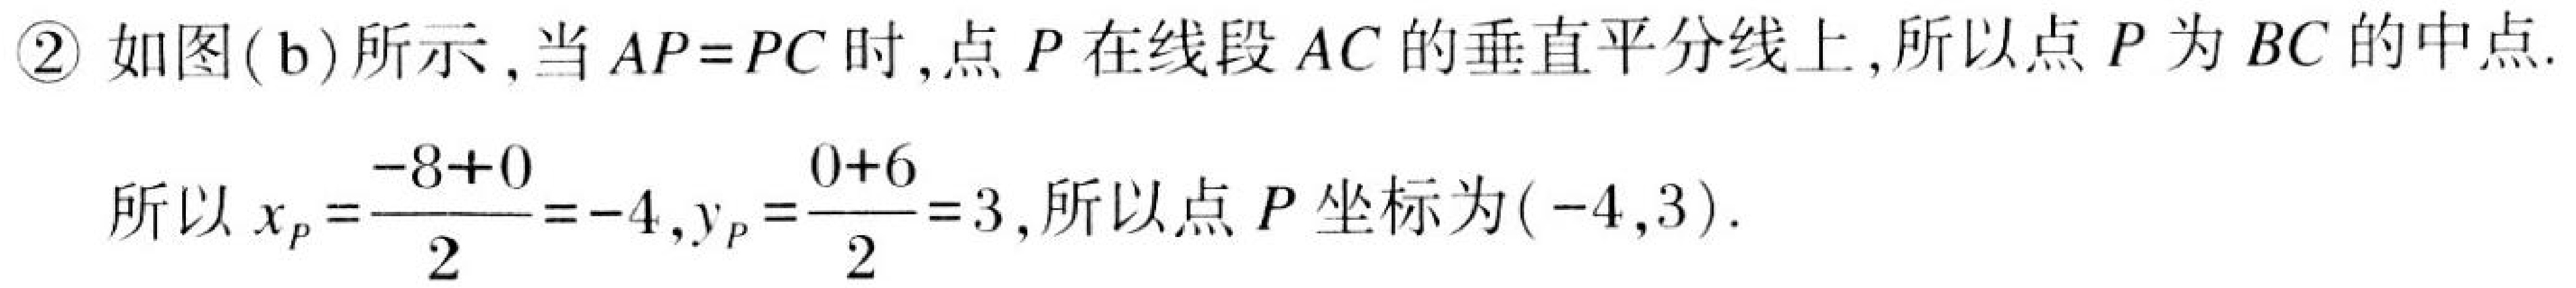
\textcircled{2}如图(b)所示,当\(AP = PC\)时,点\(P\)在线段\(AC\)的垂直平分线上,所以点\(P\)为\(BC\)的中点.
所以\(x_{P}=\dfrac{-8 + 0}{2}=-4\),\(y_{P}=\dfrac{0 + 6}{2}=3\),所以点\(P\)坐标为\((-4,3)\).